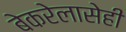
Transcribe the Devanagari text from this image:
बेकरेलासेही